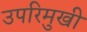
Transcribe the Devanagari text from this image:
उपरिमुखी